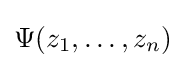
\Psi (z_{1},\dots ,z_{n})